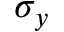
\sigma _ { y }